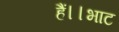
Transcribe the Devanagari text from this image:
हैं।।भाट